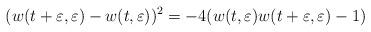
LaTeX: \begin{align*}(w(t+\varepsilon,\varepsilon)-w(t,\varepsilon))^2=-4(w(t,\varepsilon)w(t+\varepsilon,\varepsilon)-1)\end{align*}